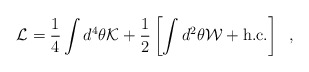
\begin{align*}{\cal L} = \frac{1}{4} \int d^4 \theta {\cal K} + \frac{1}{2}\left[ \int d^2 \theta {\cal W} + {\rm h.c.} \right] \;\;,\end{align*}